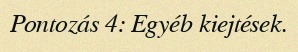
Pontozás 4: Egyéb kiejtések.